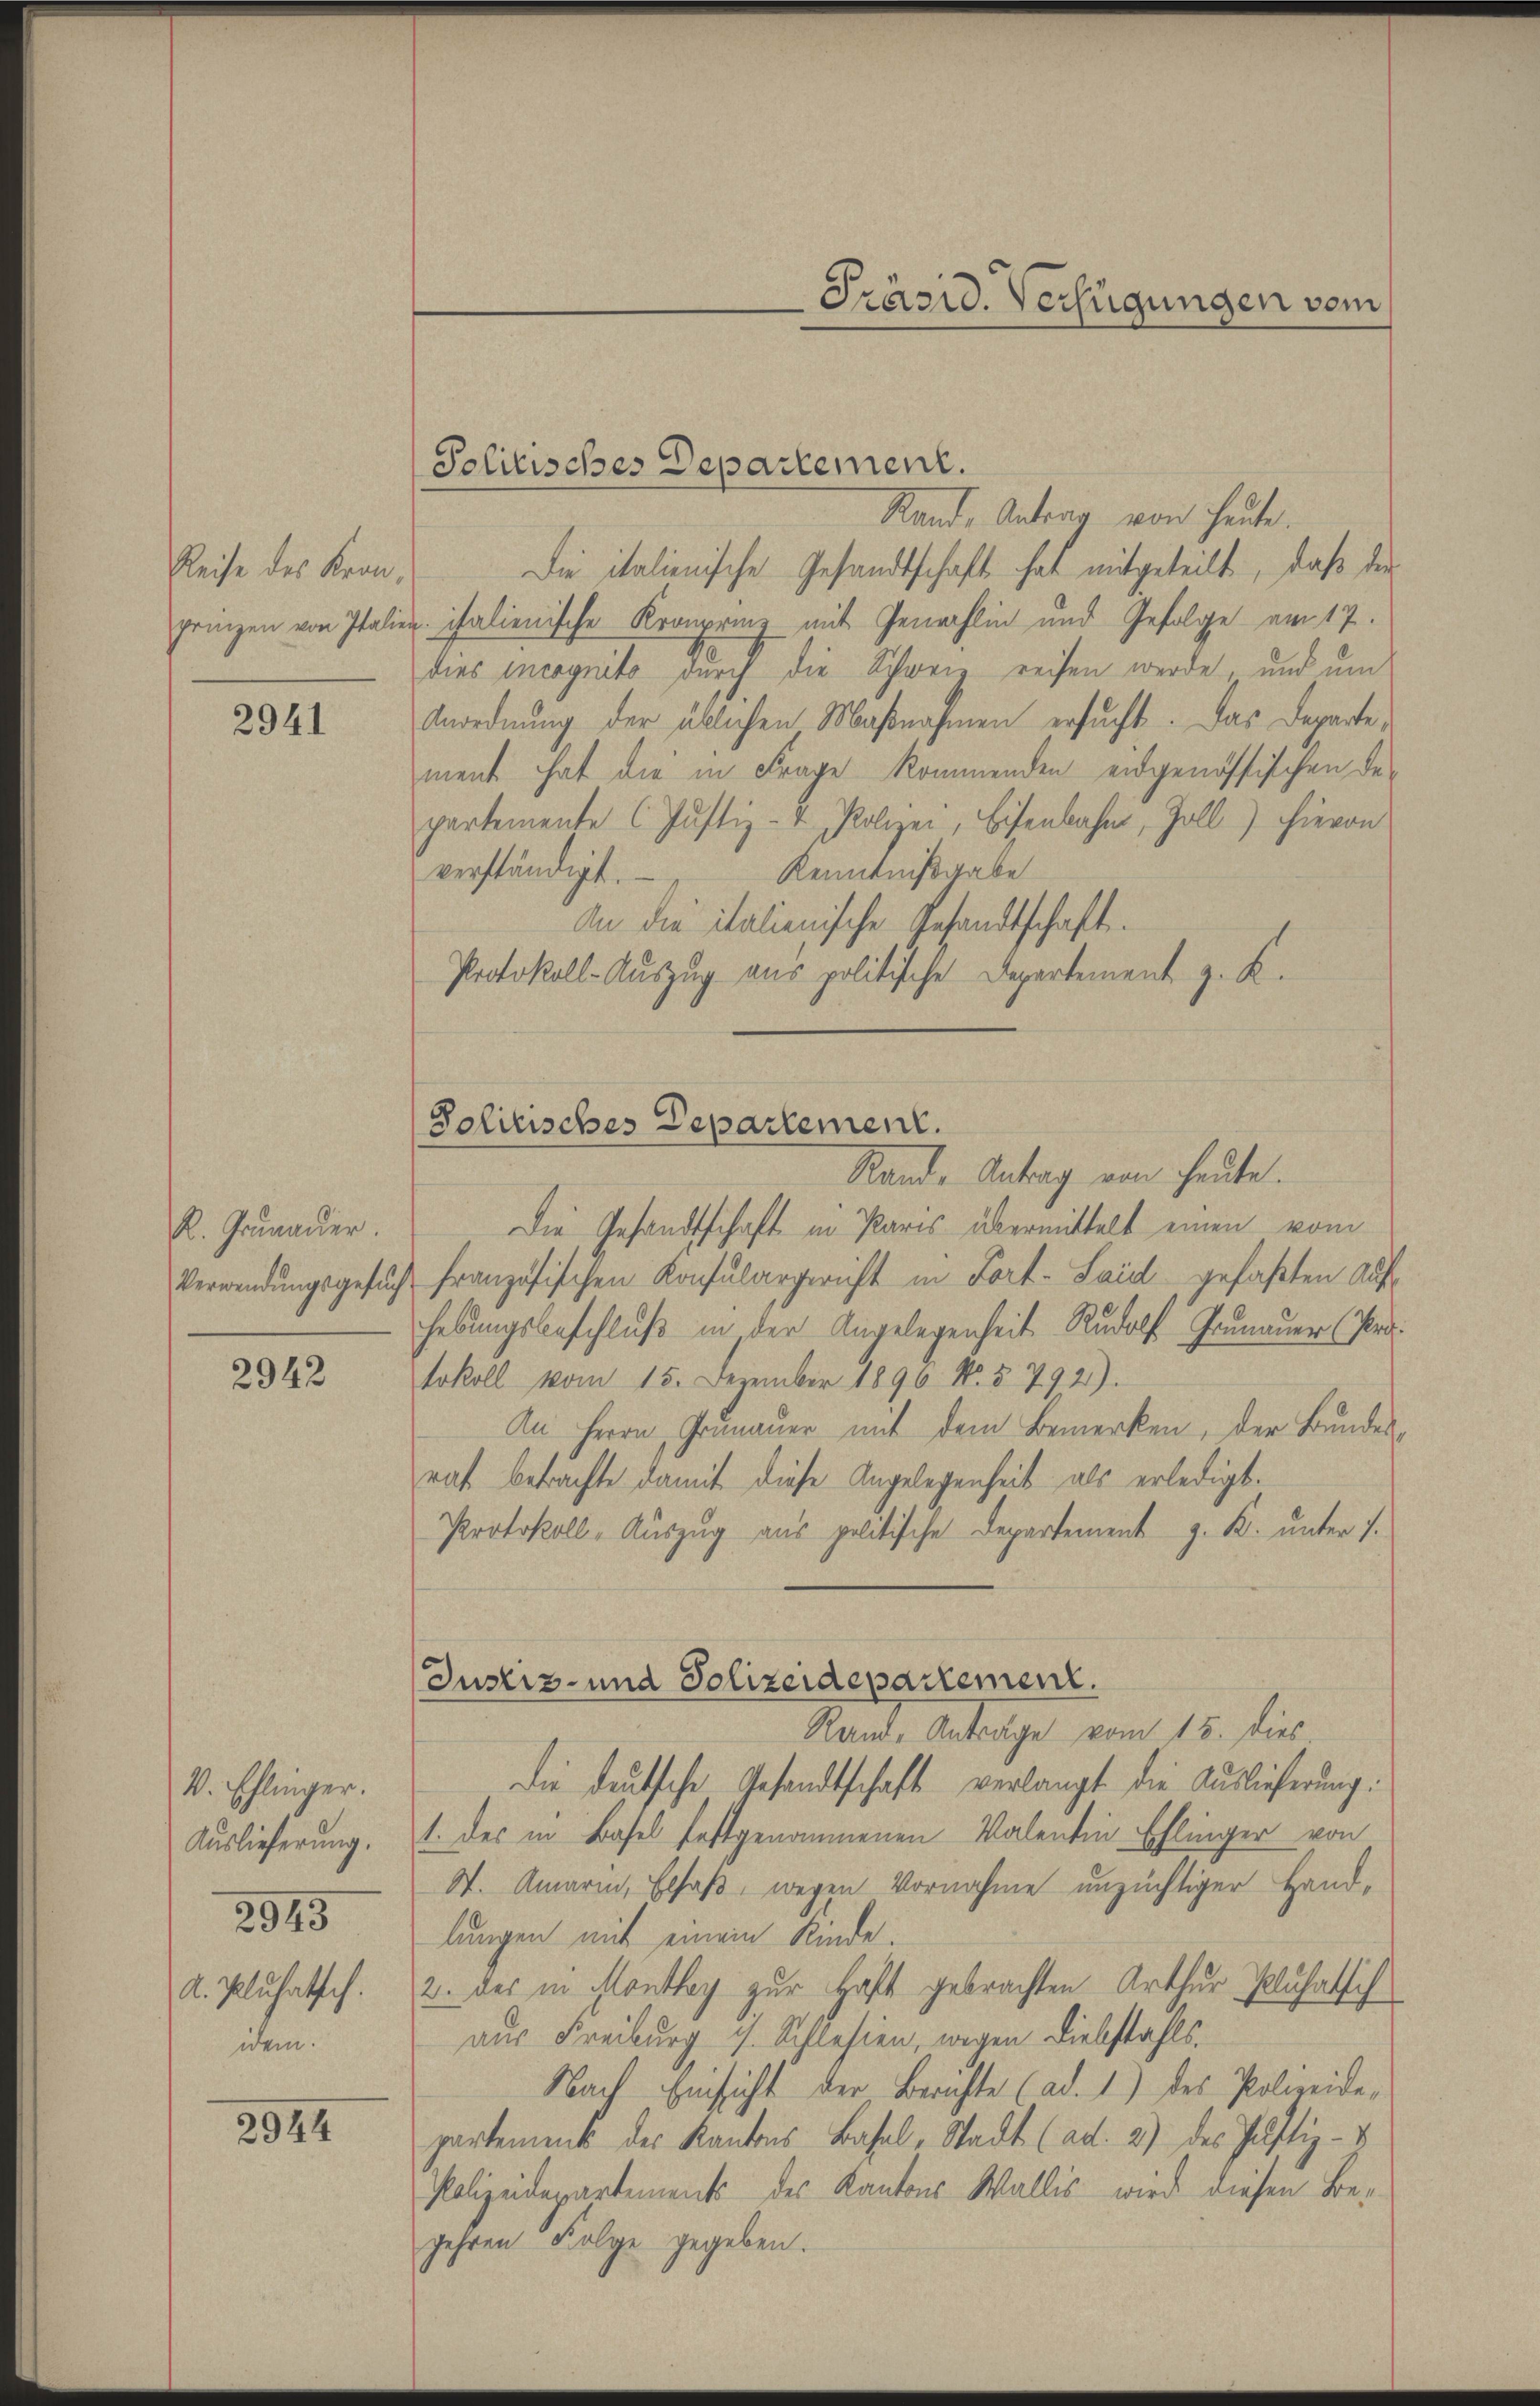
Reise des Kron,

2941

R. Prunauer.

2943

V. Ehlinger.
Auslieferung.
2945
A. Pluhatsch.
idem.

2944

Politisches Departement.

Stand, Antrag von heute.
Die italienische Gesandtschaft hat mitgeteilt, daß der
prinzen von Italien italienische Kronprinz mit Genehlin und Gefolge am 17.
dies incognito durch die Schweiz reisen werde, und um
Anordnung der üblichen Maßnahmen ersucht. Das Departement hat die in Frage kommenden eidgenössischen Departemente (Justiz- & Polizei, Eisenbahn, Zoll) hievon
Kenntnißgabe
verständigt.
An die italienische Gesandtschaft.
Protokoll-Aŭszŭg ans politische Departement z. K.

Politisches Departement.
Rande Antrag von heute.

Die Gesandtschaft in Paris übermittelt einen vom
Verwendŭngsgesŭch französischen Konsulargericht in Fort-Said gefaßten Auf-
hebungsbeschluß in der Angelegenheit Rudolf Grumauer (Protokoll vom 15. Dezember 1896 No. § 792).
An Herrn Grünauer mit dem Bemerken, der Bundesrat betrachte damit diese Angelegenheit als erledigt.
Protokoll- Aŭszŭg aŭs politische Departement z. K. ŭnter s.
Rande Anträge vom 15. dies
die deutsche Gesandtschaft verlangt die Auslieferung.
1. des in Basel festgenommenen Valentin Ehlinger von
S. Amaria, Elsaß, wegen Vornahme unzüchtiger Handlungen mit einem Kinde.
2. des in Monthey zur Haft gebrachten Arthur Pluhatlich
aus Freiburg i. Schlesien, wegen Diebstahls¬
Nach Einsicht der Berichte (ad. 1) des Polizeide-
partement des Kantons Basel-Stadt (ad. 2) des Justiz- &
Polizeidepartements des Kantons Wallis wird diesen Be-
gehren Folge gegeben.

Justiz- und Polizeidepartement.

Präsid. Verfügungen vom